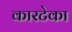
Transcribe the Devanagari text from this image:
कारटेका